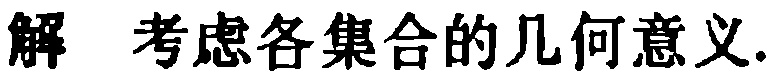
解 考虑各集合的几何意义.